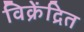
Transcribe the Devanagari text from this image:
विक्रेंद्रित